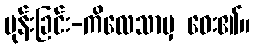
မုန်းခြင်း-ကိလေသာမှ ဝေး၏။